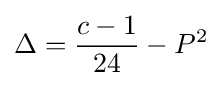
\Delta ={\frac {c-1}{24}}-P^{2}